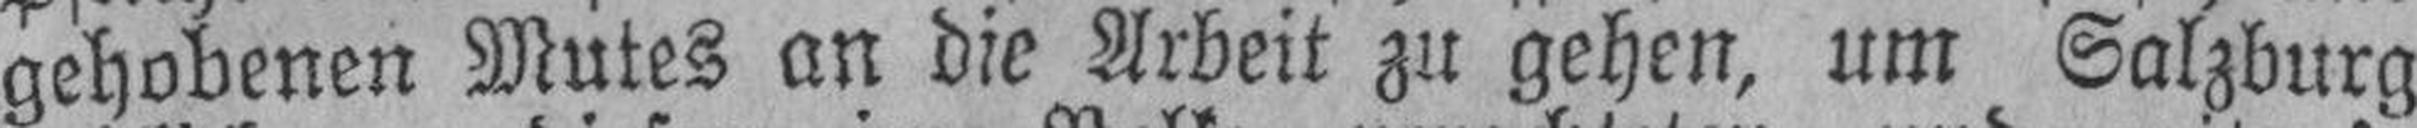
gehobenen Mutes an die Arbeit zu gehen, um Salzburg